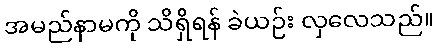
အမည်နာမကို သိရှိရန် ခဲယဉ်း လှလေသည်။